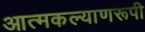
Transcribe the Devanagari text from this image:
आत्मकल्याणरूपी